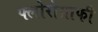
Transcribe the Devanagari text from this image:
फ्लोरोग्राफी